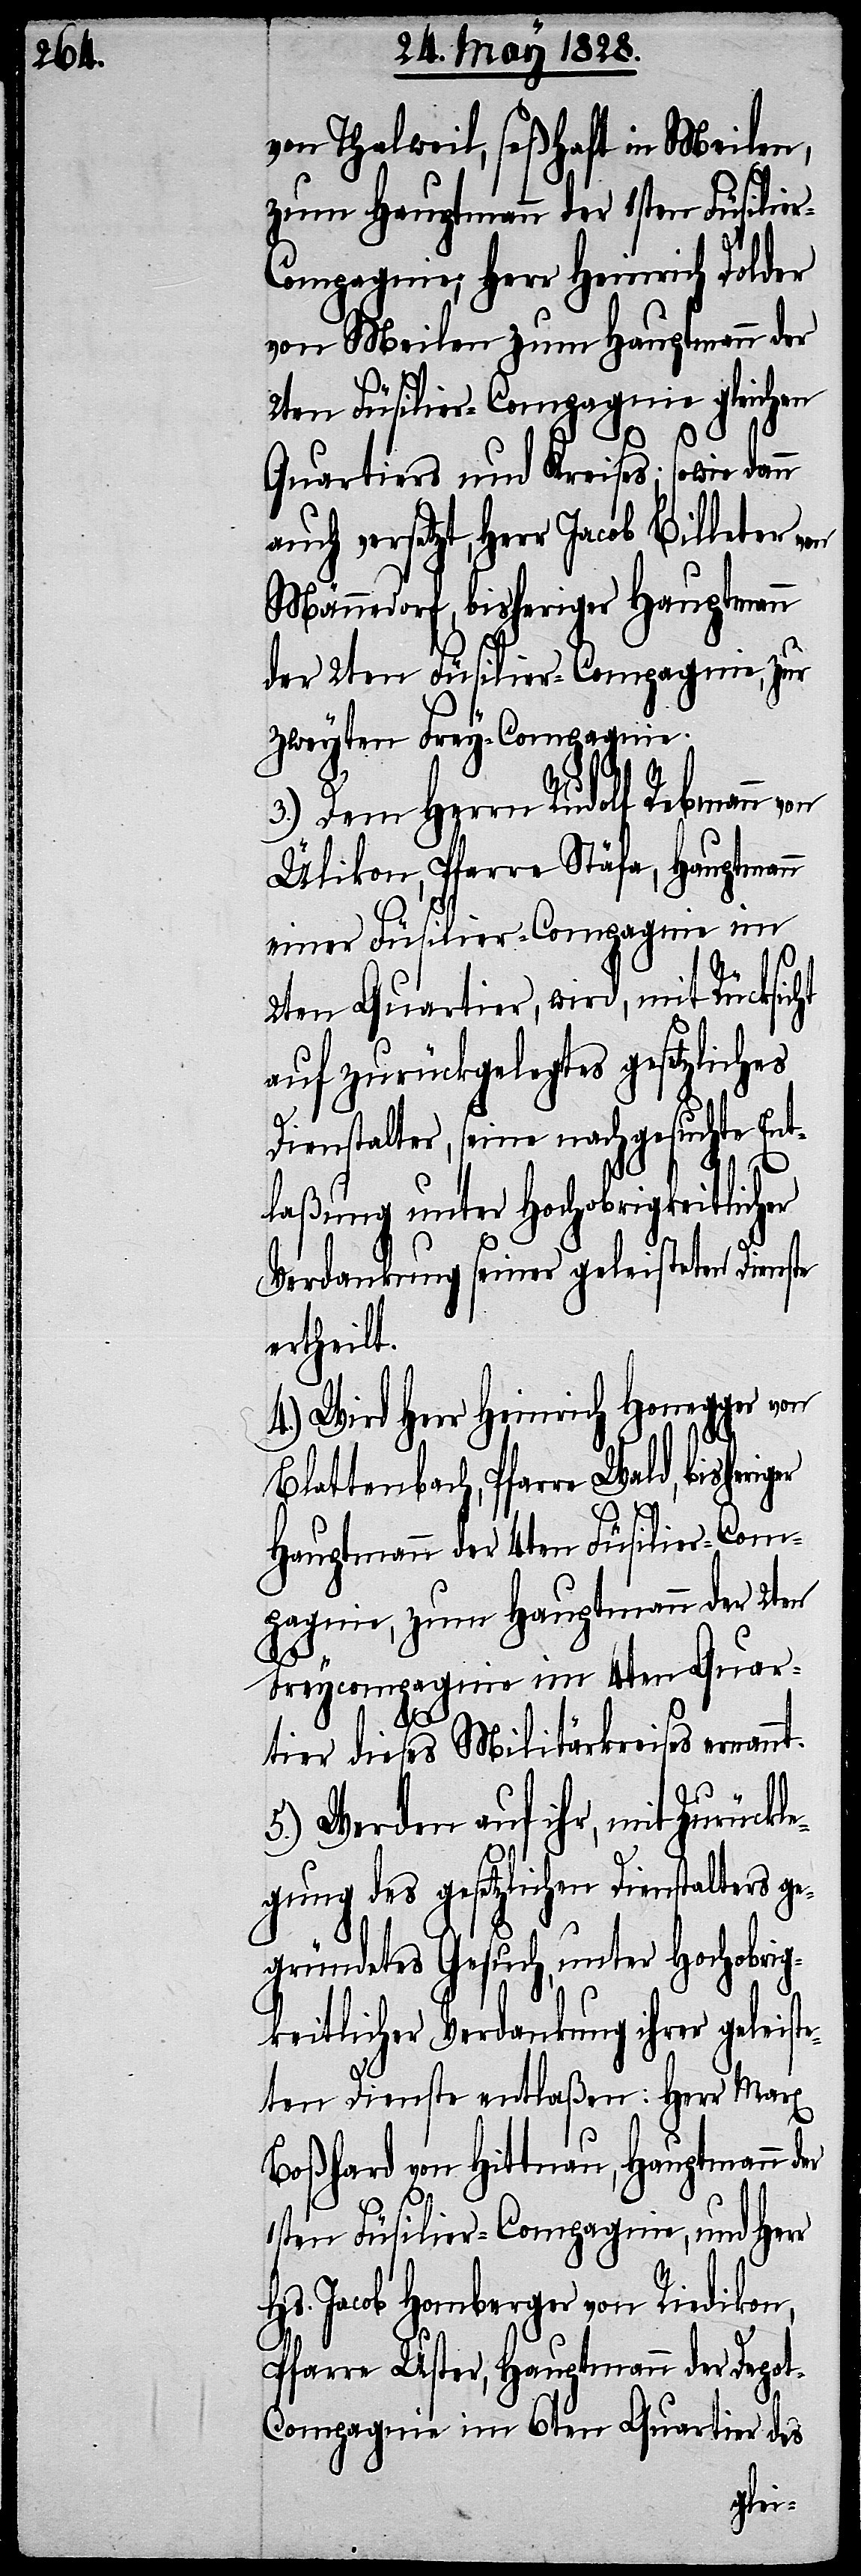
von Thalweil, seßhaft in Meilen,
pagnie; Herr Heinrich Dolder
von Meilen zum Hauptmann der
2ten Füsilier-Compagnie gleichen
Quartiers und Kreises; sowie dann
versetzt, Herr Jacob Billeter
Männedorf, bisheriger Hauptmann
der 2ten Füsilier-Compagnie, zur
zweyten Frey-Compagnie.
3.) Dem Herrn Rudolf Rebmann
Ülikon, Pfarre Stäfa, Hauptmann
einer Füsilier-Compagnie im
er
2ten Quartier, wird, mit Rücksicht
auf zurückgelegtes gesetzliches
Dienstalter, seine nachgesuchte Ent¬
laßung unter Hochobrigkeitlicher
Verdankung seiner geleisteten Dienste
ertheilt.
4.) Wird Herr Heinrich Honegger von
Blattenbach, Pfarre Wald, bisheriger
Hauptmann der 4ten Füsilier-Com¬
pagnie, zum Hauptmann der 2ten
Freycompagnie im 4ten Quar¬
tier dieses Militärkreises ernannt.
5.) Werden auf ihr, mit Zurückle¬
gung des gesetzlichen Dienstalters ge¬
gründetes Gesuch, unter Hochobrig¬
keitlicher Verdankung ihrer geleiste¬
ten Dienste entlaßen: Herr Marx
Boßhard von Hittnau, Hauptmann d¬
1sten Füsilier-Compagnie, und Herr
Hs. Jacob Homberger von Riedikon,
Pfarre Uster, Hauptmann der Depo¬
t-Compagnie im 6ten Quartier des